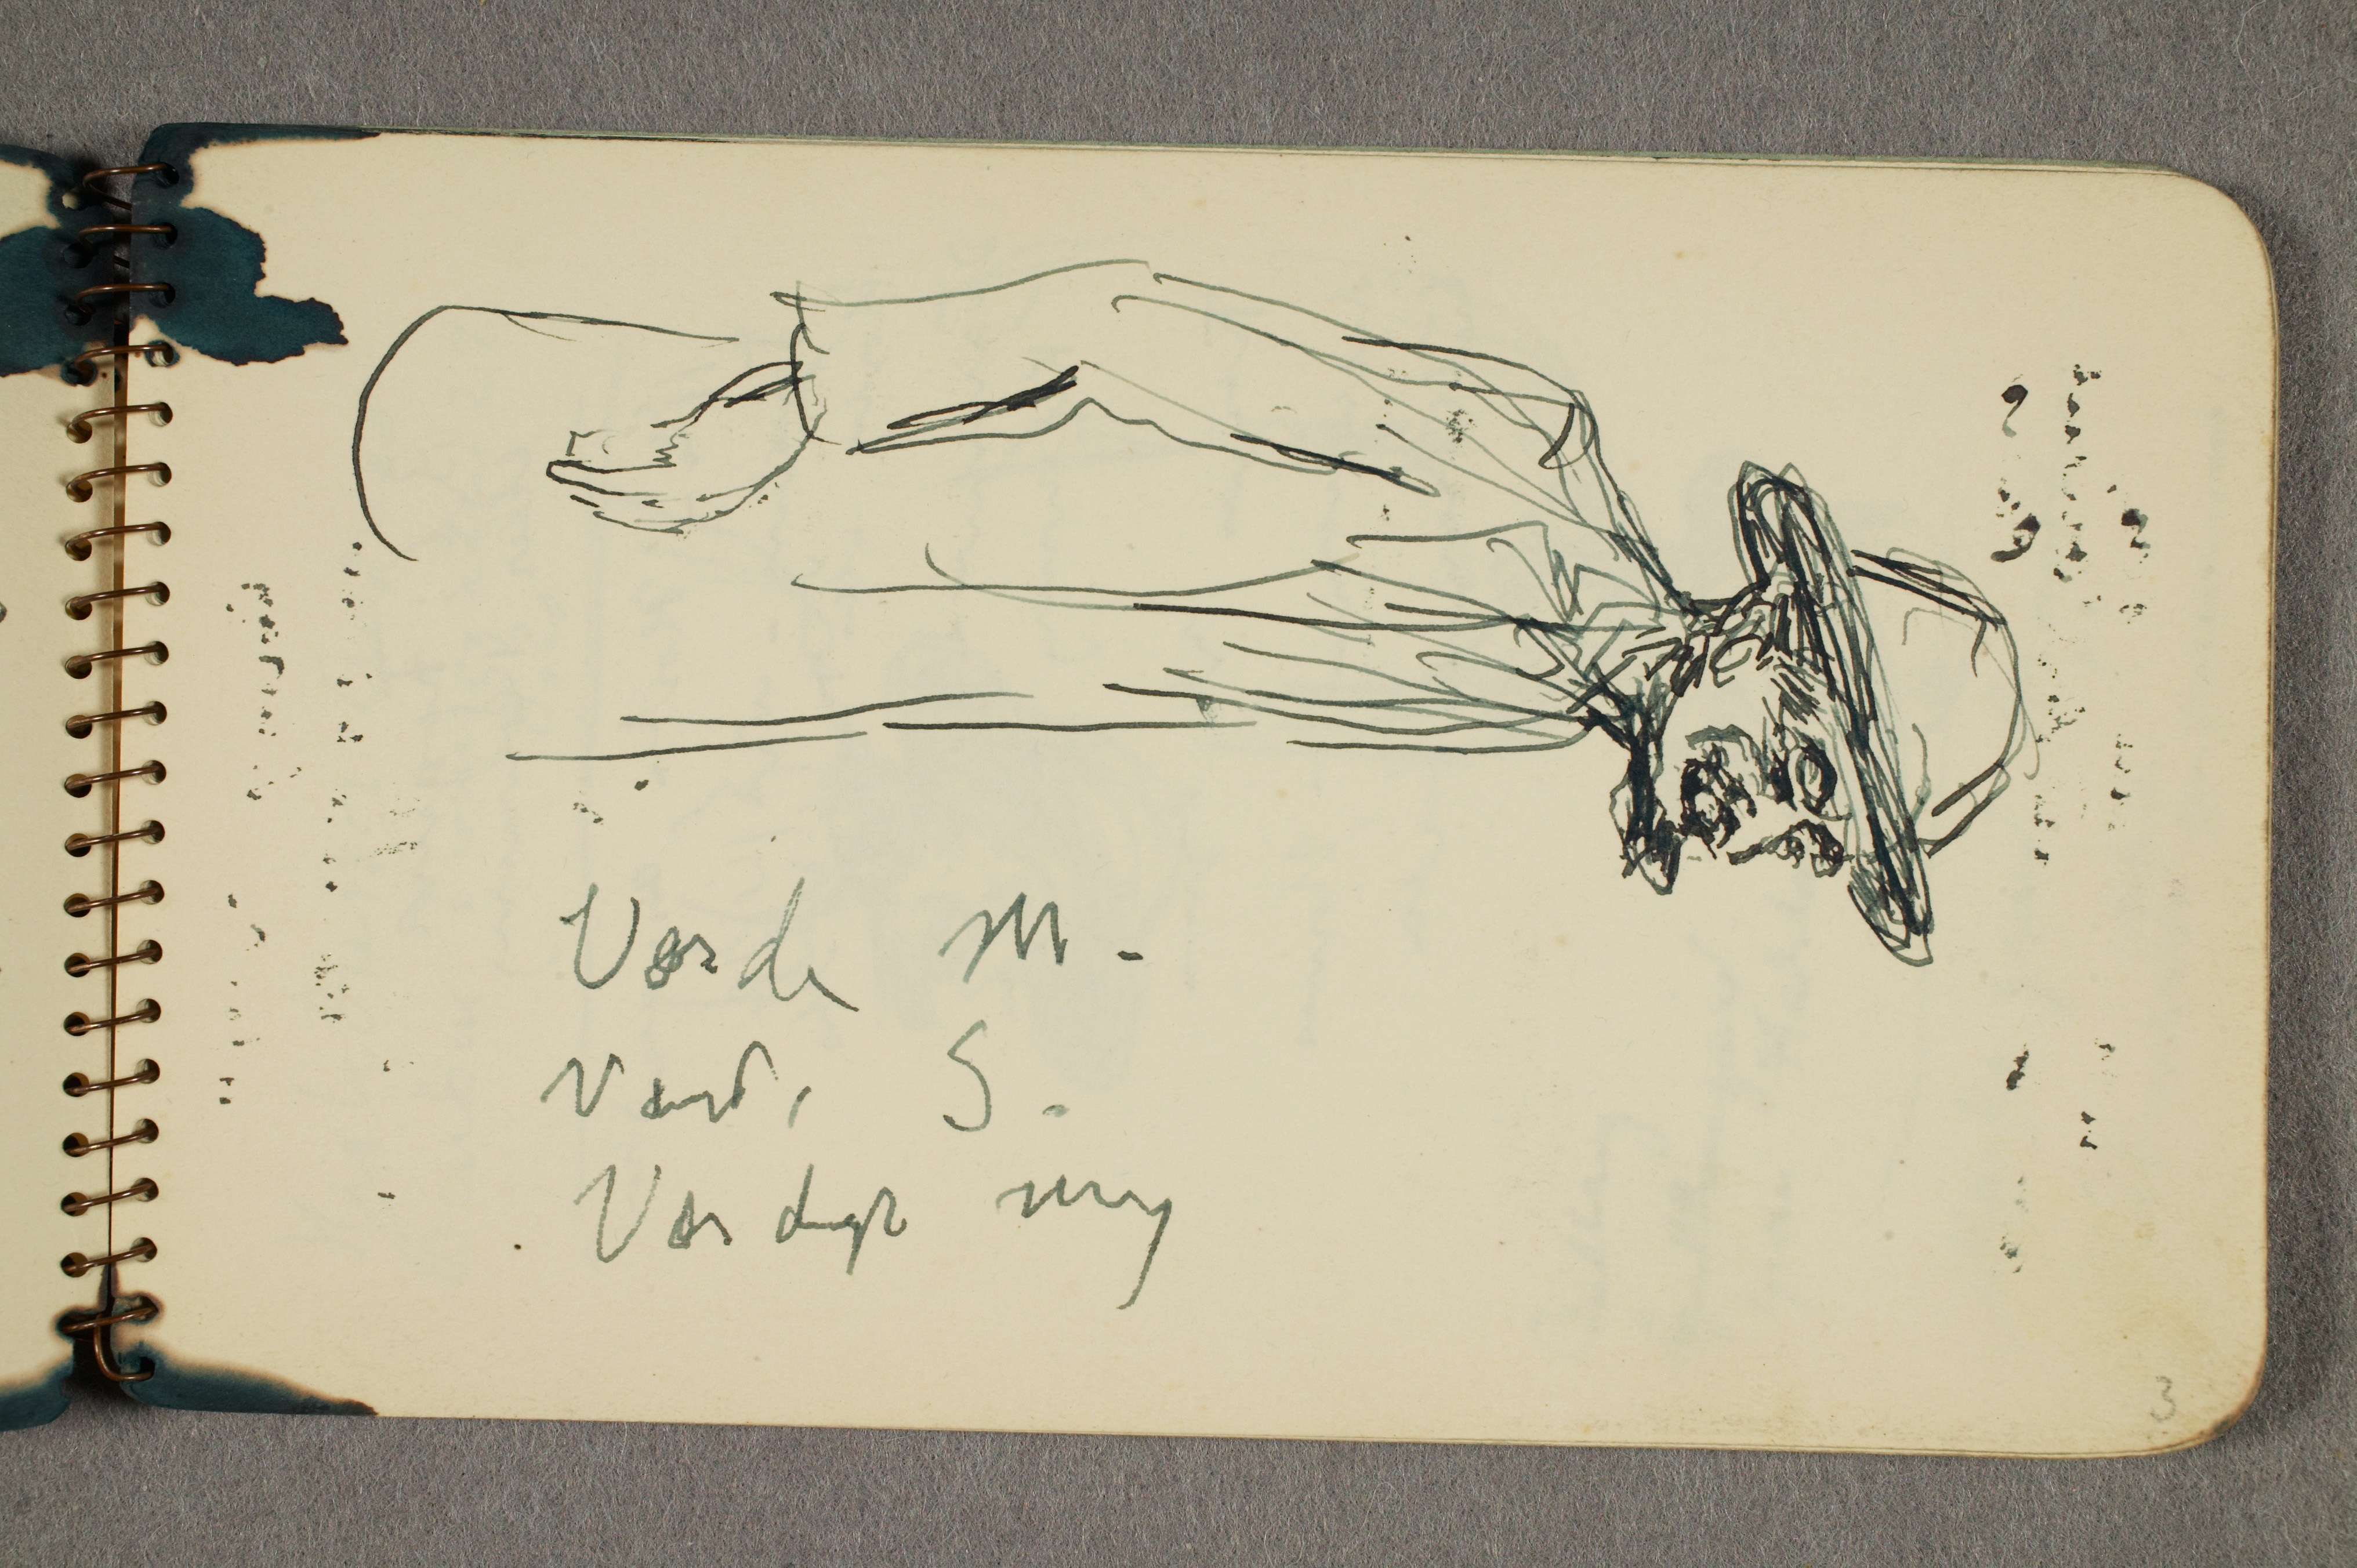
Værdi M.
Værdi S.
Værdigt mig